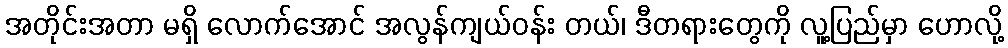
အတိုင်းအတာ မရှိ လောက်အောင် အလွန်ကျယ်ဝန်း တယ်၊ ဒီတရားတွေကို လူ့ပြည်မှာ ဟောလို့